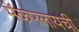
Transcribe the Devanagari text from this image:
मॅकफ्लायची